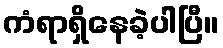
ကံရာရှိနေခဲ့ပါပြီ။